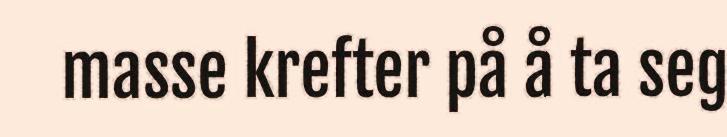
masse krefter på å ta seg